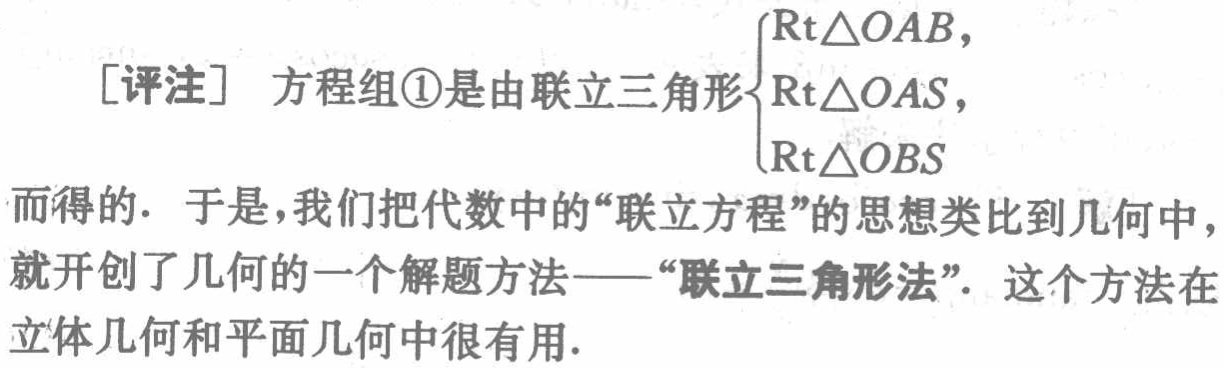
[评注] 方程组\textcircled{1}是由联立三角形$\begin{cases}

\text{Rt}\triangle OAB,\\

\text{Rt}\triangle OAS,\\

\text{Rt}\triangle OBS

\end{cases}$而得的. 于是, 我们把代数中的“联立方程”的思想类比到几何中, 就开创了几何的一个解题方法——“联立三角形法”. 这个方法在立体几何和平面几何中很有用.